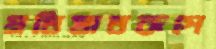
প্রতিঘাতরূপে